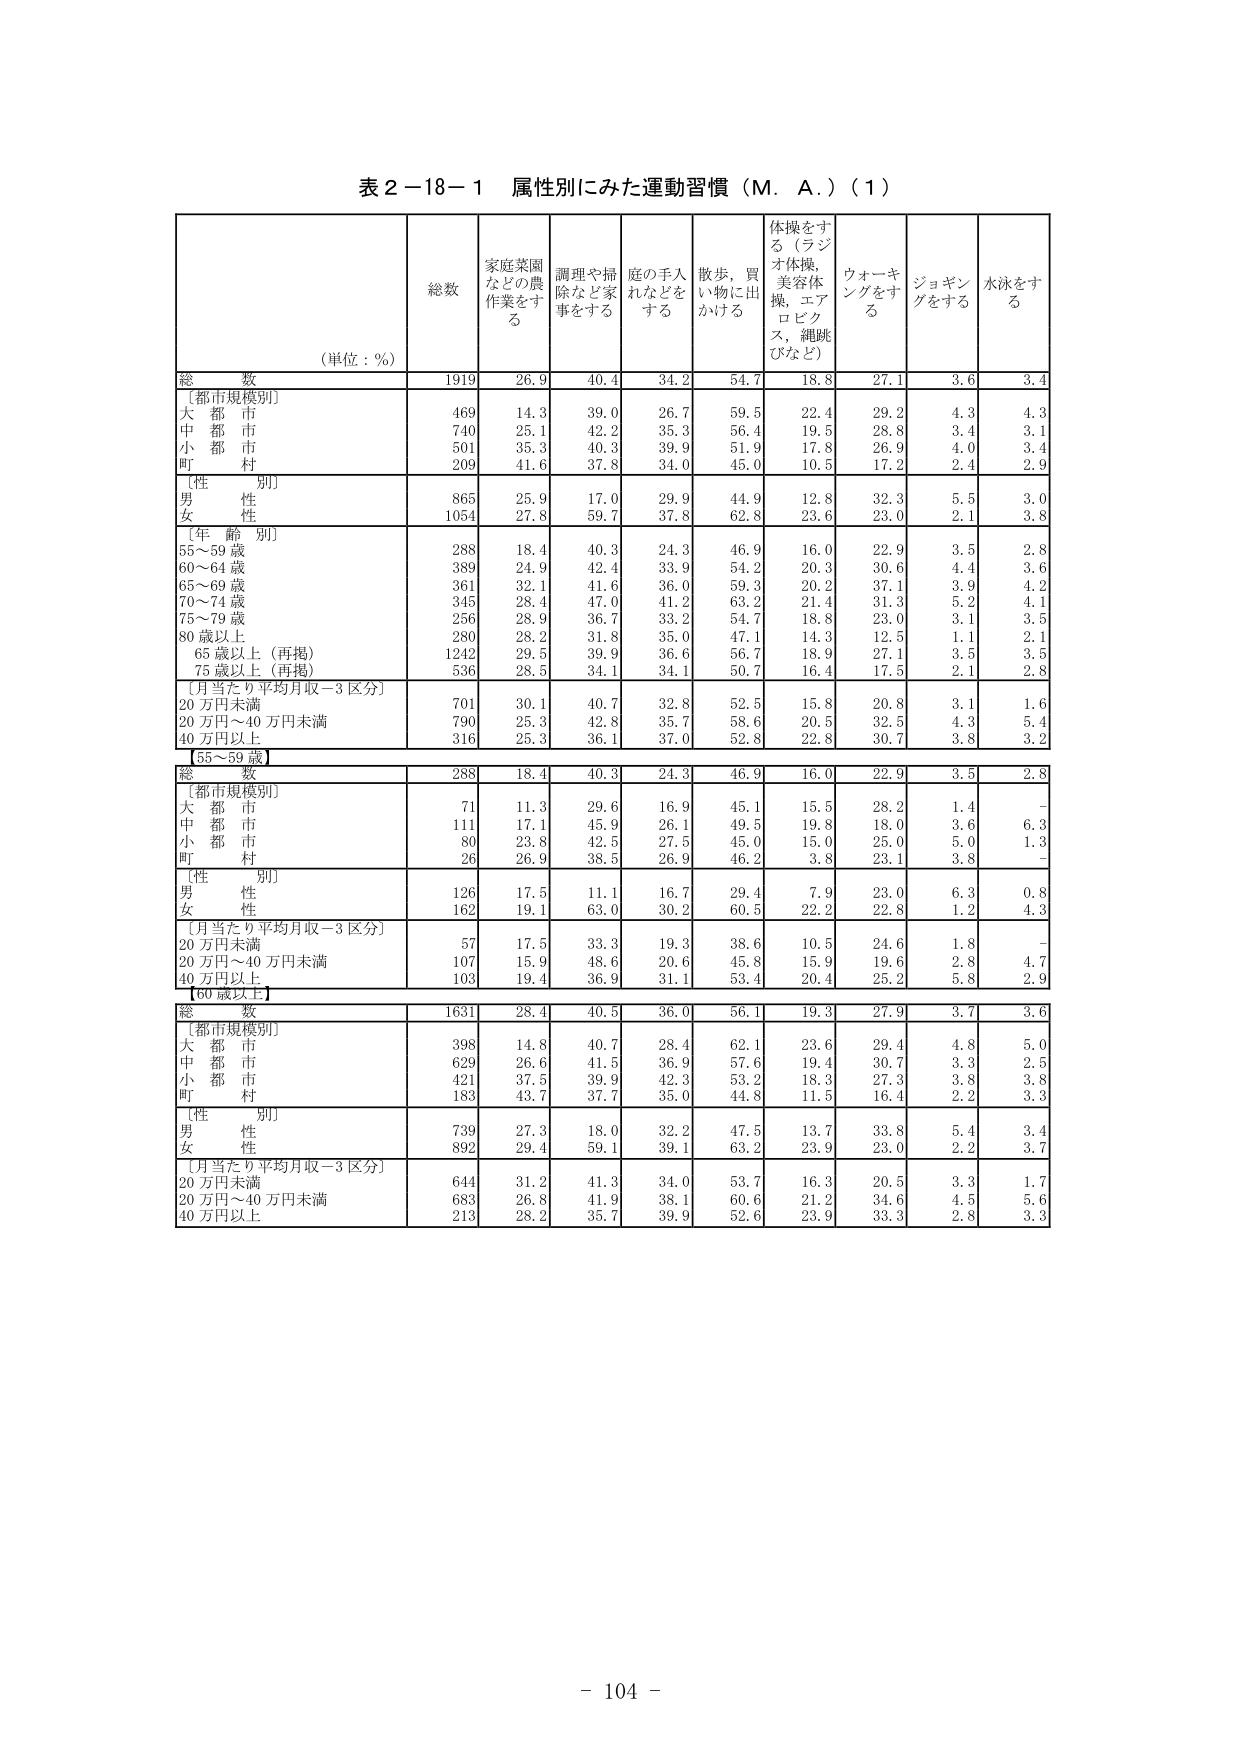
表２－18－１ 属性別にみた運動習慣（Ｍ．Ａ．）（１）

（単位：％）

総数 家庭菜園などの農作業をする 調理や掃除など家事をする 庭の手入れなどを する 散歩、買い物に出かける 体操をする（ラジオ体操、美容体操、エアロビクス、縄跳びなど） ウォーキングをする ジョギングをする 水泳をする

総数 1919 26.9 40.4 34.2 54.7 18.8 27.1 3.6 3.4

［都市規模別］
大都市 469 14.3 39.0 26.7 59.5 22.4 29.2 4.3 4.3
中都市 740 25.1 42.2 35.3 56.4 19.5 28.8 3.4 3.1
小都市 501 35.3 40.3 39.9 51.9 17.8 26.9 4.0 3.4
町村 209 41.6 37.8 34.0 45.0 10.5 17.2 2.4 2.9

［性別］
男性 865 25.9 17.0 29.9 44.9 12.8 32.3 5.5 3.0
女性 1054 27.8 59.7 37.8 62.8 23.6 23.0 2.1 3.8

［年齢別］
55～59歳 288 18.4 40.3 24.3 46.9 16.0 22.9 3.5 2.8
60～64歳 389 24.9 42.4 33.9 54.2 20.3 30.6 4.4 3.6
65～69歳 361 32.1 41.6 36.0 59.3 20.2 37.1 3.9 4.2
70～74歳 345 28.4 47.0 41.2 63.2 21.4 31.3 5.2 4.1
75～79歳 256 28.9 36.7 33.2 54.7 18.8 23.0 3.1 3.5
80歳以上 280 28.2 31.8 35.0 47.1 14.3 12.5 1.1 2.1
65歳以上（再掲） 1242 29.5 39.9 36.6 56.7 18.9 27.1 3.5 3.5
75歳以上（再掲） 536 28.5 34.1 34.1 50.7 16.4 17.5 2.1 2.8

［月当たり平均月収－3区分］
20万円未満 701 30.1 40.7 32.8 52.5 15.8 20.8 3.1 1.6
20万円～40万円未満 790 25.3 42.8 35.7 58.6 20.5 32.5 4.3 5.4
40万円以上 316 25.3 36.1 37.0 52.8 22.8 30.7 3.8 3.2

【55～59歳】

総数 288 18.4 40.3 24.3 46.9 16.0 22.9 3.5 2.8

［都市規模別］
大都市 71 11.3 29.6 16.9 45.1 15.5 28.2 1.4 -
中都市 111 17.1 45.9 26.1 49.5 19.8 18.0 3.6 6.3
小都市 80 23.8 42.5 27.5 45.0 15.0 25.0 5.0 1.3
町村 26 26.9 38.5 26.9 46.2 3.8 23.1 3.8 -

［性別］
男性 126 17.5 11.1 16.7 29.4 7.9 23.0 6.3 0.8
女性 162 19.1 63.0 30.2 60.5 22.2 22.8 1.2 4.3

［月当たり平均月収－3区分］
20万円未満 57 17.5 33.3 19.3 38.6 10.5 24.6 1.8 -
20万円～40万円未満 107 15.9 48.6 20.6 45.8 15.9 19.6 2.8 4.7
40万円以上 103 19.4 36.9 31.1 53.4 20.4 25.2 5.8 2.9

【60歳以上】

総数 1631 28.4 40.5 36.0 56.1 19.3 27.9 3.7 3.6

［都市規模別］
大都市 398 14.8 40.7 28.4 62.1 23.6 29.4 4.8 5.0
中都市 629 26.6 41.5 36.9 57.6 19.4 30.7 3.3 2.5
小都市 421 37.5 39.9 42.3 53.2 18.3 27.3 3.8 3.8
町村 183 43.7 37.7 35.0 44.8 11.5 16.4 2.2 3.3

［性別］
男性 739 27.3 18.0 32.2 47.5 13.7 33.8 5.4 3.4
女性 892 29.4 59.1 39.1 63.2 23.9 23.0 2.2 3.7

［月当たり平均月収－3区分］
20万円未満 644 31.2 41.3 34.0 53.7 16.3 20.5 3.3 1.7
20万円～40万円未満 683 26.8 41.9 38.1 60.6 21.2 34.6 4.5 5.6
40万円以上 213 28.2 35.7 39.9 52.6 23.9 33.3 2.8 3.3

- 104 -